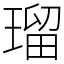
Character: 瑠